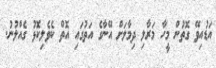
އަޑުއިވޭ ގޮތުން މީހާ މަރާލި ދިމާލަށް އޭނާގެ އަތުގައި އޮތް ކެވެލިކޮޅު ގެއްލުނު.